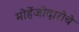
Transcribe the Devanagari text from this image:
मोहेंजोदारोचे